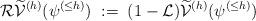
LaTeX: \begin{align*}\mathcal{R} \widetilde{\mathcal{V}}^{(h)}(\psi^{(\leq h)}) \; := \; (1-\mathcal{L}) \widetilde{\mathcal{V}}^{(h)}(\psi^{(\leq h)})\end{align*}